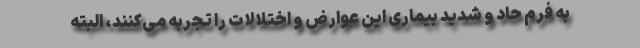
به فرم حاد و شدید بیماری این عوارض و اختلالات را تجربه می‌کنند، البته